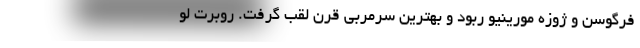
فرگوسن و ژوزه مورینیو ربود و بهترین سرمربی قرن لقب گرفت. روبرت لو